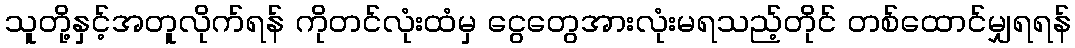
သူတို့နှင့်အတူလိုက်ရန် ကိုတင်လုံးထံမှ ငွေတွေအားလုံးမရသည့်တိုင် တစ်ထောင်မျှရရန်